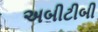
અબીટીબી